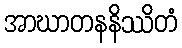
အာဃာတနနိဿိတံ